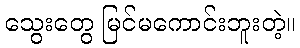
သွေးတွေ မြင်မကောင်းဘူးတဲ့။